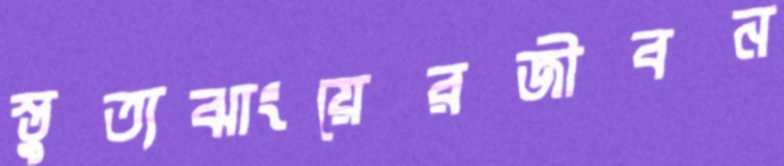
স্তুত্যঝাংয়েরজীবন